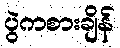
ပွဲကစားချိန်